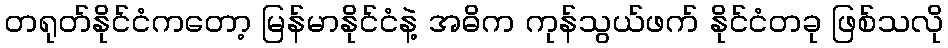
တရုတ်နိုင်ငံကတော့ မြန်မာနိုင်ငံနဲ့ အဓိက ကုန်သွယ်ဖက် နိုင်ငံတခု ဖြစ်သလို